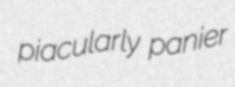
piacularly panier